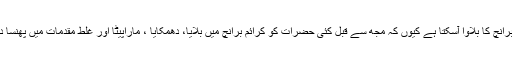
ایسے آثار نظر آرہے تھے کہ کسی بھی وقت مجھے بھی پولیس کرائم برانچ کا بلاوا آسکتا ہے کیوں کہ مجھ سے قبل کئی حضرات کو کرائم برانچ میں بلایا، دھمکایا ، ماراپیٹا اور غلط مقدمات میں پھنسا دیا گیا تھا لہٰذا مجھے بھی خطرہ لاحق ہوگیا تھا کہ کب بلاوا آ جاتا ہے؟